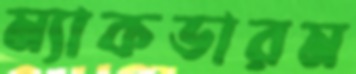
ম্যাকডারম